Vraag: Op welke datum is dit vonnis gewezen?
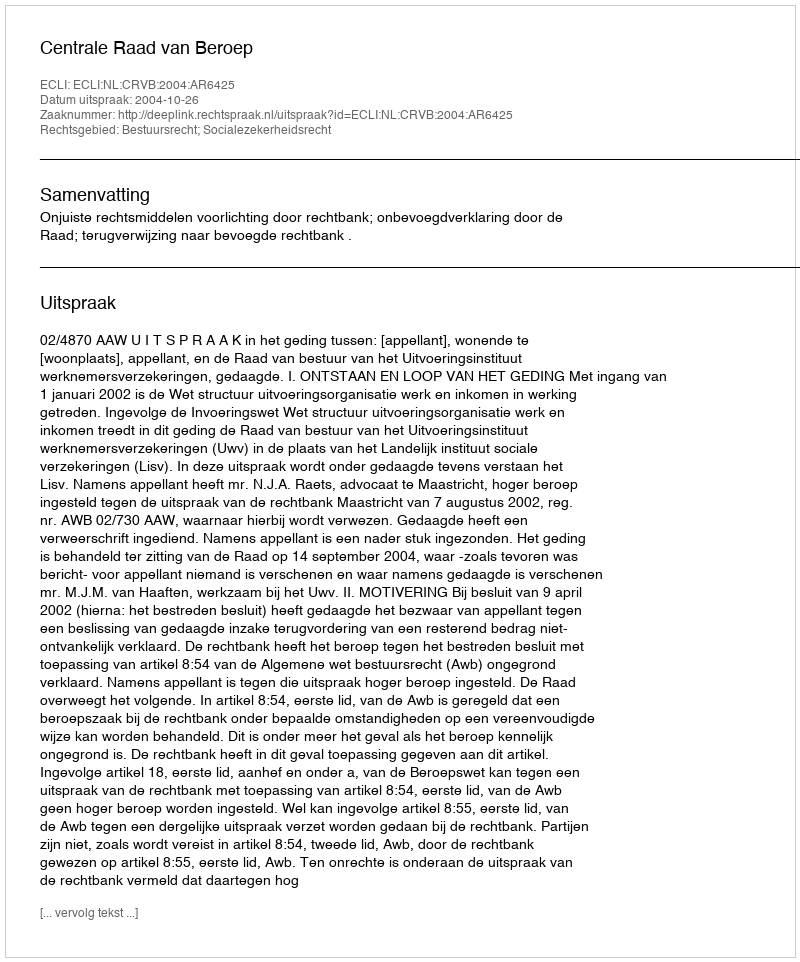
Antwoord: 2004-10-26